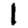
Digit: 1